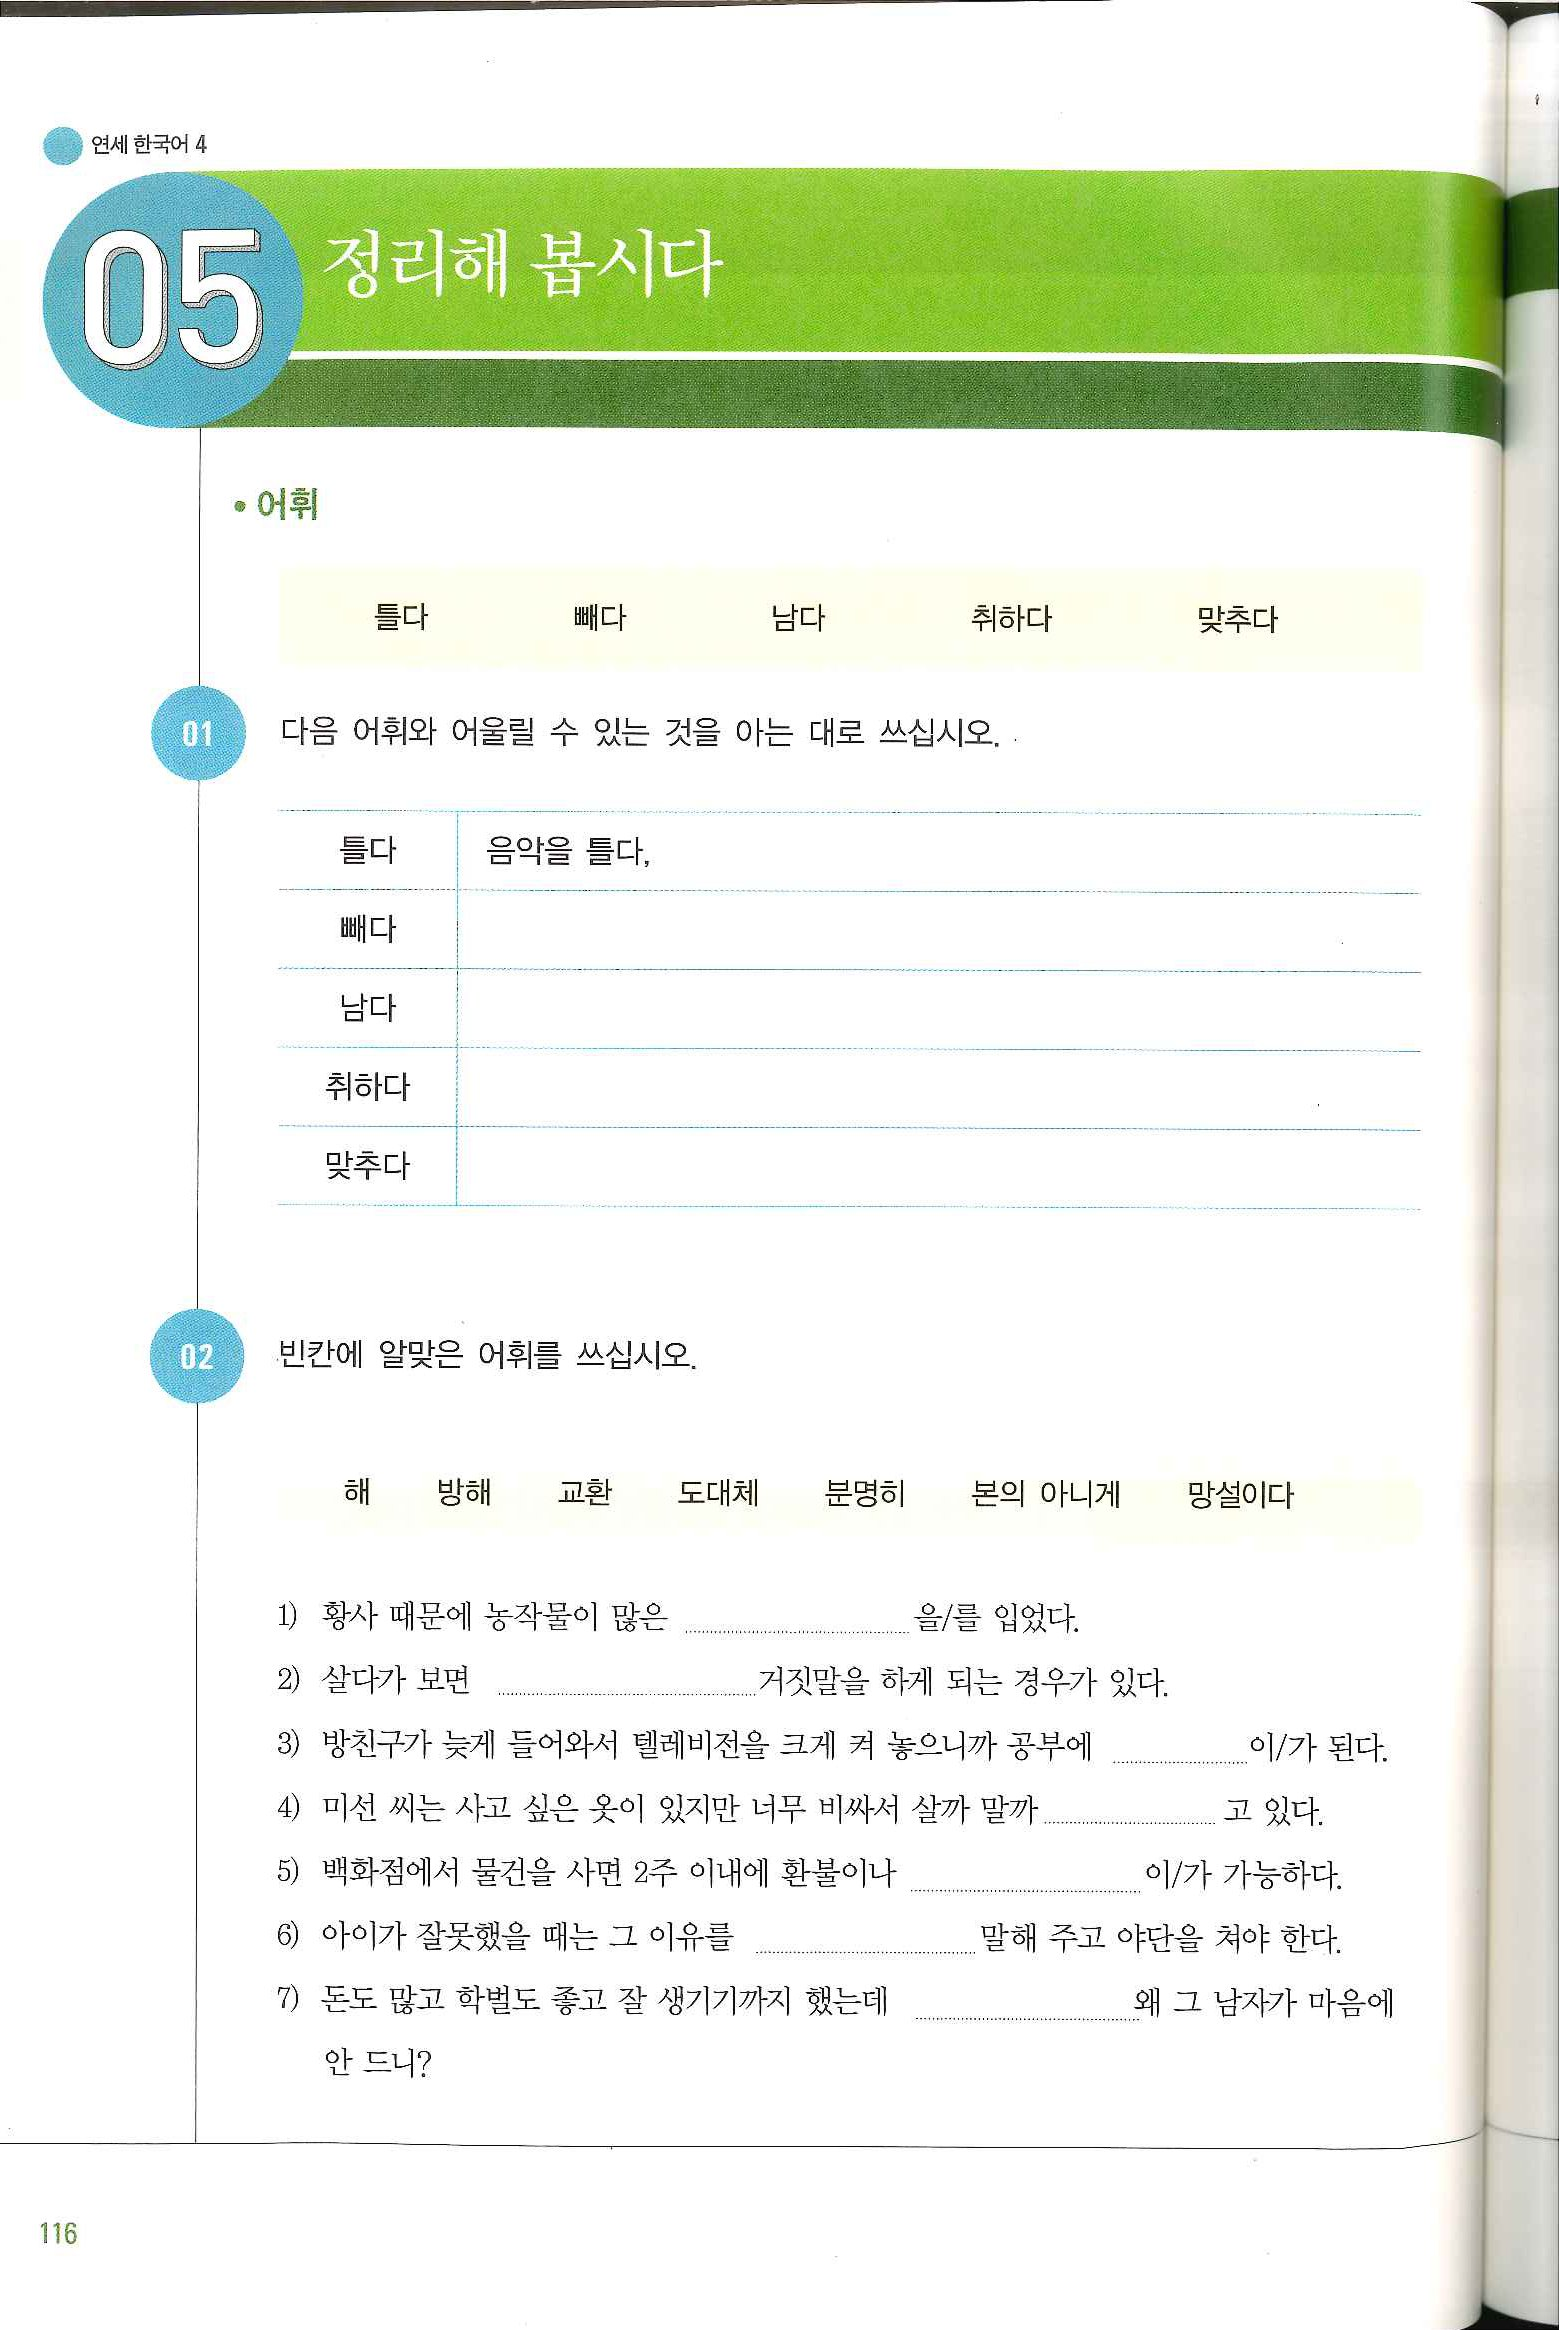
Language: ko